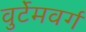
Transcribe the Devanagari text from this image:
वुर्टेमवर्ग